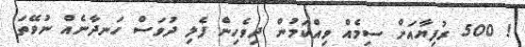
! 500 ރުފިޔާއަށް ސިމެއް ވިއްކަމުން ދިވެހިން ފެލި ދުވަސް ހަނދާނެއް ނުވޭތަ